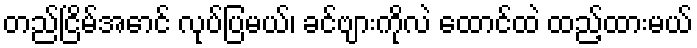
တည်ငြိမ်အောင် လုပ်ပြမယ်၊ ခင်ဗျားကိုလဲ ထောင်ထဲ ထည့်ထားမယ်